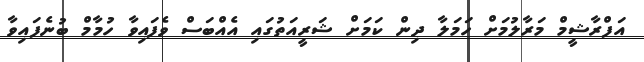
އަފްރާޝީމް މަރާލުމަށް ހަމަލާ ދިން ކަމަށް ޝަރީއަތުގައި އެއްބަސް ވެފައިވާ ހުމާމް ބުނެފައިވާ